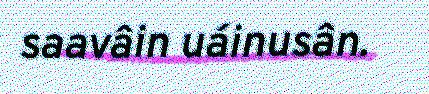
saavâin uáinusân.